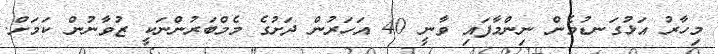
މިހާރު އަޅުގަނޑުމެން ނިންމާފައި ވާނީ 40 އަހަރުން ދަށުގެ މެމްބަރުންނަކީ ޒުވާނުން ކަމަށް.